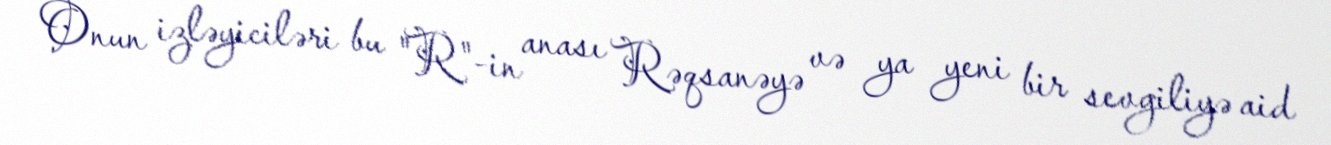
Onun izləyiciləri bu "R"-in anası Rəqsanəyə və ya yeni bir sevgiliyə aid